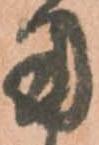
用